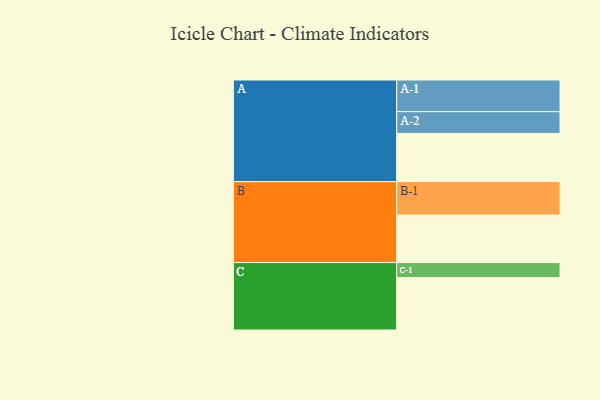
{"axis": {"x": "Segment", "y": "Value"}, "legend": ["", "A", "B", "C"], "data": [{"x": "A", "y": 423, "type": ""}, {"x": "B", "y": 417, "type": ""}, {"x": "C", "y": 460, "type": ""}, {"x": "A-1", "y": 278, "type": "A"}, {"x": "A-2", "y": 191, "type": "A"}, {"x": "B-1", "y": 294, "type": "B"}, {"x": "C-1", "y": 132, "type": "C"}]}